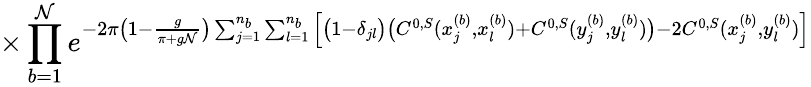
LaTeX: \times\prod_{b=1}^{\mathcal{N}}e^{-2\pi\big(1-\frac{{g}}{{\pi+g\mathcal{N}}}\big)\sum_{j=1}^{n_{b}}\sum_{l=1}^{n_{b}}\Big[\big(1-\delta_{jl}\big)\big(C^{0,S}(x_{j}^{(b)},x_{l}^{(b)})+C^{0,S}(y_{j}^{(b)},y_{l}^{(b)})\big)-2C^{0,S}(x_{j}^{(b)},y_{l}^{(b)})\Big]}